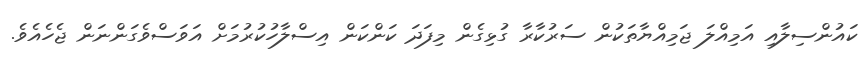
ކައުންސިލާއި އަމިއްލަ ޖަމިއްޔާތަކުން ސަރުކާރާ ގުޅިގެން މިފަދަ ކަންކަން އިސްލާހުކުރުމަށް އަވަސްވެގަންނަން ޖެހެއެވެ.